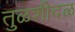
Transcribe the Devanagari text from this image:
तुळशीदळ